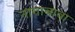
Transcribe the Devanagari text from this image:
नागाबाबा